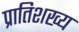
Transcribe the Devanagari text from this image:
प्रातिशख्य